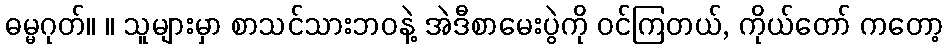
ဓမ္မဂုတ်။ ။ သူများမှာ စာသင်သားဘဝနဲ့ အဲဒီစာမေးပွဲကို ဝင်ကြတယ်, ကိုယ်တော် ကတော့